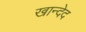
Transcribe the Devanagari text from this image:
खान्देद